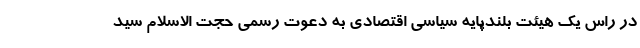
در راس یک هیئت بلندپایه سیاسی اقتصادی به دعوت رسمی حجت الاسلام سید